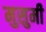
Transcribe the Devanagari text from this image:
मुसुमी